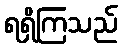
ရရှိကြသည်